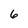
Character: 6